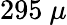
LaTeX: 295~\mu